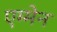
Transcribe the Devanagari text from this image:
एम्मेन